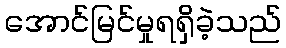
အောင်မြင်မှုရရှိခဲ့သည်